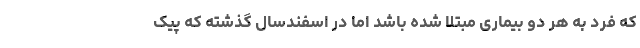
که فرد به هر دو بیماری مبتلا شده باشد اما در اسفندسال گذشته که پیک